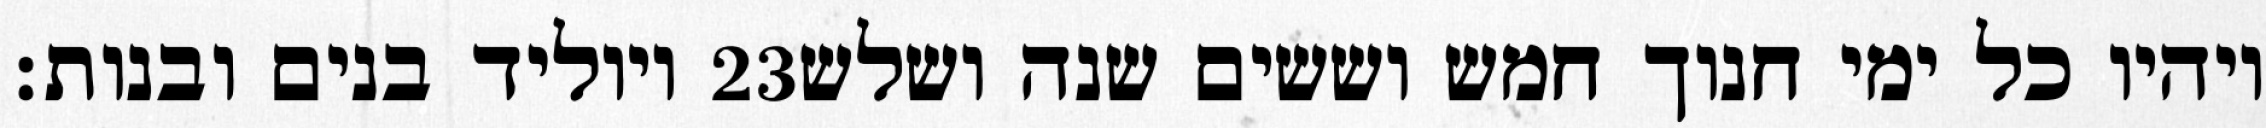
ויוליד בנים ובנות׃ ‎23‏ ויהיו כל ימי חנוך חמש וששים שנה ושלש